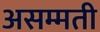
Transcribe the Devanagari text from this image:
असम्मती